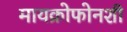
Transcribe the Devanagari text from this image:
मायक्रोफोनशी